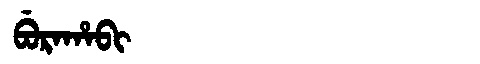
Manchu: ᠪᡠᡵᠠᡥᠠᠪᡳ
Romanization: BURAHABI